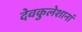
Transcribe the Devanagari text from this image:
देवकुलेशानां